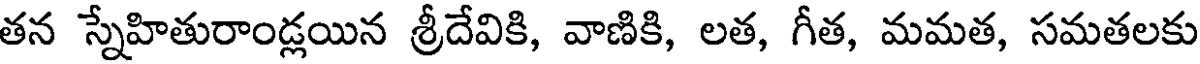
తన స్నేహితురాండ్లయిన శ్రీదేవికి, వాణికి, లత, గీత, మమత, సమతలకు